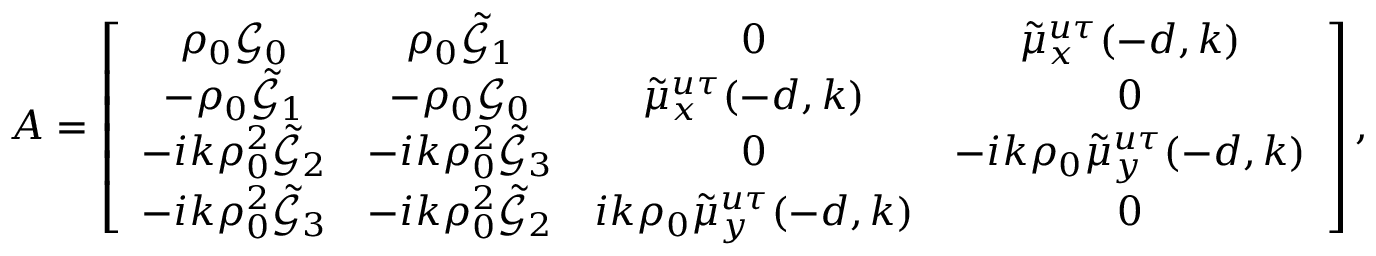
A = \left[ \begin{array} { c c c c } { \rho _ { 0 } \mathcal { G } _ { 0 } } & { \rho _ { 0 } \tilde { \mathcal { G } } _ { 1 } } & { 0 } & { \tilde { \mu } _ { x } ^ { u \tau } ( - d , k ) } \\ { - \rho _ { 0 } \tilde { \mathcal { G } } _ { 1 } } & { - \rho _ { 0 } \mathcal { G } _ { 0 } } & { \tilde { \mu } _ { x } ^ { u \tau } ( - d , k ) } & { 0 } \\ { - i k \rho _ { 0 } ^ { 2 } \tilde { \mathcal { G } } _ { 2 } } & { - i k \rho _ { 0 } ^ { 2 } \tilde { \mathcal { G } } _ { 3 } } & { 0 } & { - i k \rho _ { 0 } \tilde { \mu } _ { y } ^ { u \tau } ( - d , k ) } \\ { - i k \rho _ { 0 } ^ { 2 } \tilde { \mathcal { G } } _ { 3 } } & { - i k \rho _ { 0 } ^ { 2 } \tilde { \mathcal { G } } _ { 2 } } & { i k \rho _ { 0 } \tilde { \mu } _ { y } ^ { u \tau } ( - d , k ) } & { 0 } \end{array} \right] ,